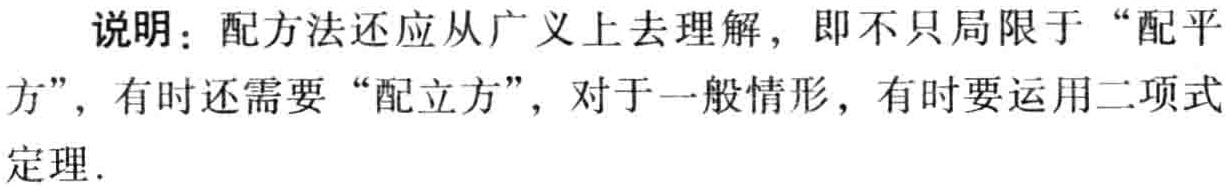
说明：配方法还应从广义上去理解，即不只局限于“配平方”，有时还需要“配立方”，对于一般情形，有时要运用二项式定理.